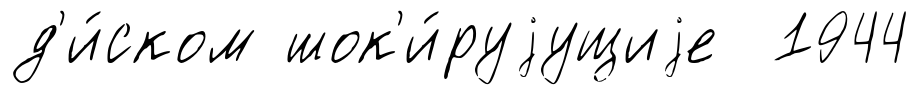
д'и́ском шок'и́руjущиjе 1944